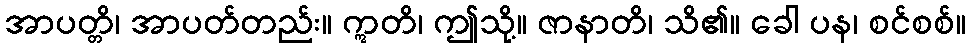
အာပတ္တိ၊ အာပတ်တည်း။ ဣတိ၊ ဤသို့။ ဇာနာတိ၊ သိ၏။ ခေါ ပန၊ စင်စစ်။